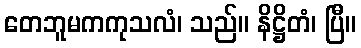
တေဘူမကကုသလံ၊ သည်။ နိဋ္ဌိတံ၊ ပြီ။